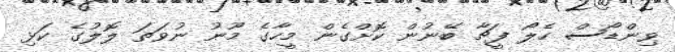
ވިންޑޯސް ހެލޯ ފީޗާ ބޭނުން ކޮށްގެން މީހާގެ މޫނު ނުވަތަ ލޮލުގެ ކަޅި